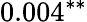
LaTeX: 0.004^{**}